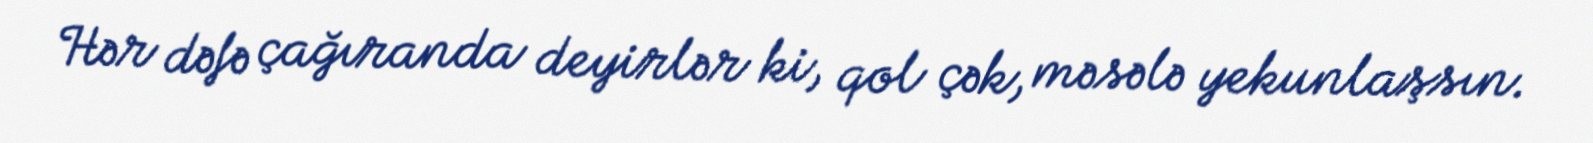
Hər dəfə çağıranda deyirlər ki, qol çək, məsələ yekunlaşsın.